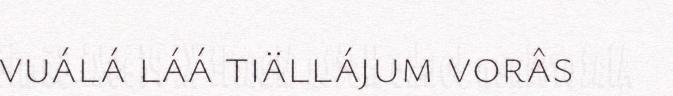
vuálá láá tiällájum vorâs